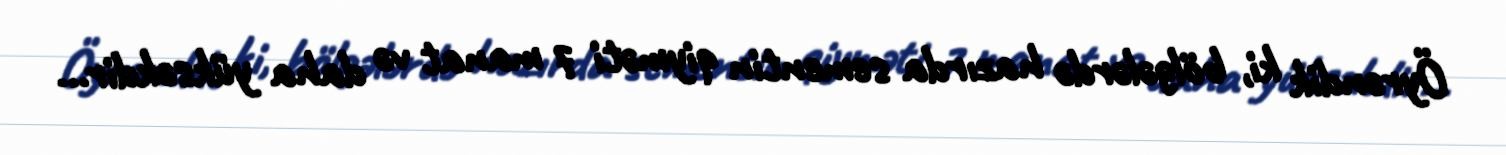
Öyrəndik ki, bölgələrdə hazırda sementin qiyməti 7 manat və daha yüksəkdir...